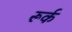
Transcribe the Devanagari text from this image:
रूर्क